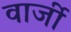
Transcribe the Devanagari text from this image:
वार्जी